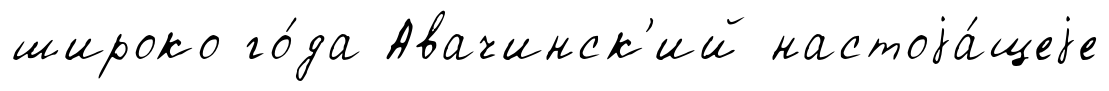
широко го́да Авачинск'ий настоjа́щеjе